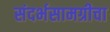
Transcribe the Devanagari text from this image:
संदर्भसामग्रीचा